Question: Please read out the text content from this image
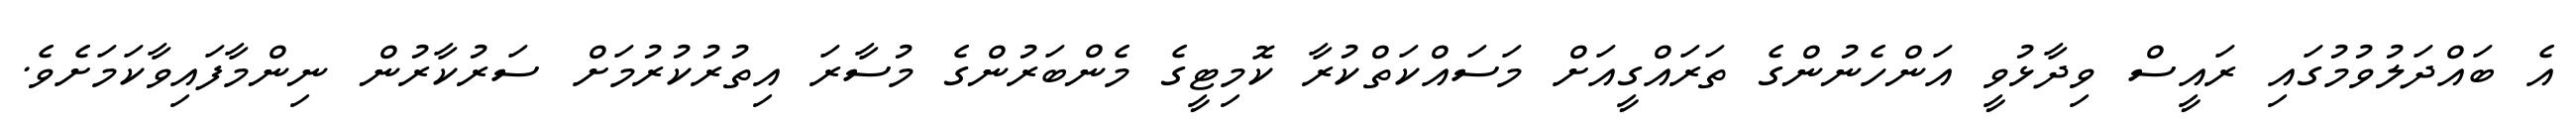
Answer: އެ ބައްދަލުވުމުގައި ރައީސް ވިދާޅުވީ އަންހެނުންގެ ތަރައްގީއަށް މަސައްކަތްކުރާ ކޮމިޓީގެ މެންބަރުންގެ މުސާރަ އިތުރުކުރުމަށް ސަރުކާރުން ނިންމާފައިވާކަމަށެވެ.